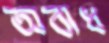
অবাধ